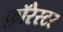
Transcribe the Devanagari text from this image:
फ़ॉरेस्टर